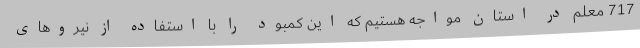
717 معلم در استان مواجه هستیم که این کمبود را با استفاده از نیروهای